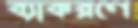
ব্যাকরণে